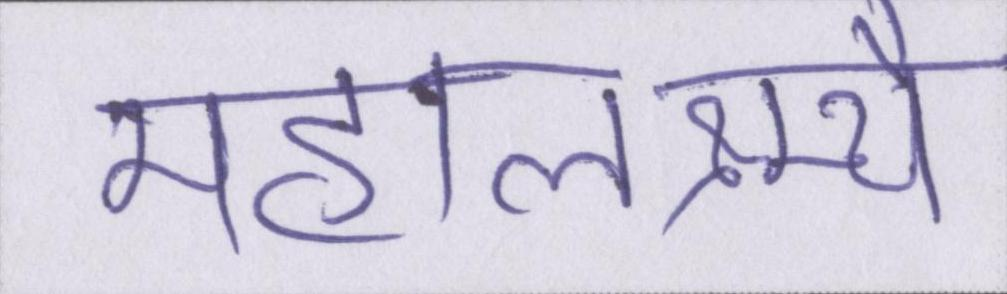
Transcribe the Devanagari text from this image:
महालक्ष्म्यै